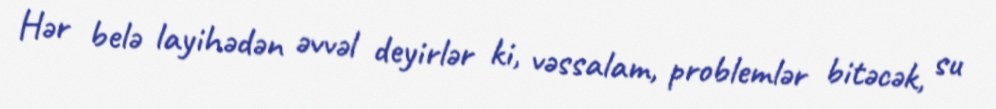
Hər belə layihədən əvvəl deyirlər ki, vəssalam, problemlər bitəcək, su